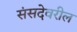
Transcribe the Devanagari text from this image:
संसदेवरील